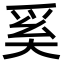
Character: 奚